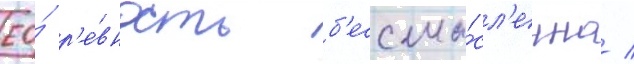
ео́ р'е́вность б'ессмы́сл'енна /